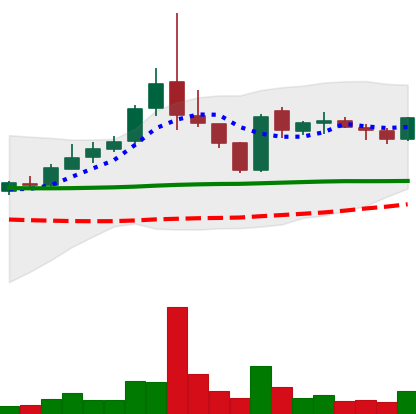
Ticker: TRX-USD
Chart end date: 2019-01-21
Forward return: 11.906%
Label: up_7plus